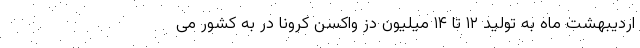
اردیبهشت ماه به تولید ۱۲ تا ۱۴ میلیون دز واکسن کرونا در به کشور می